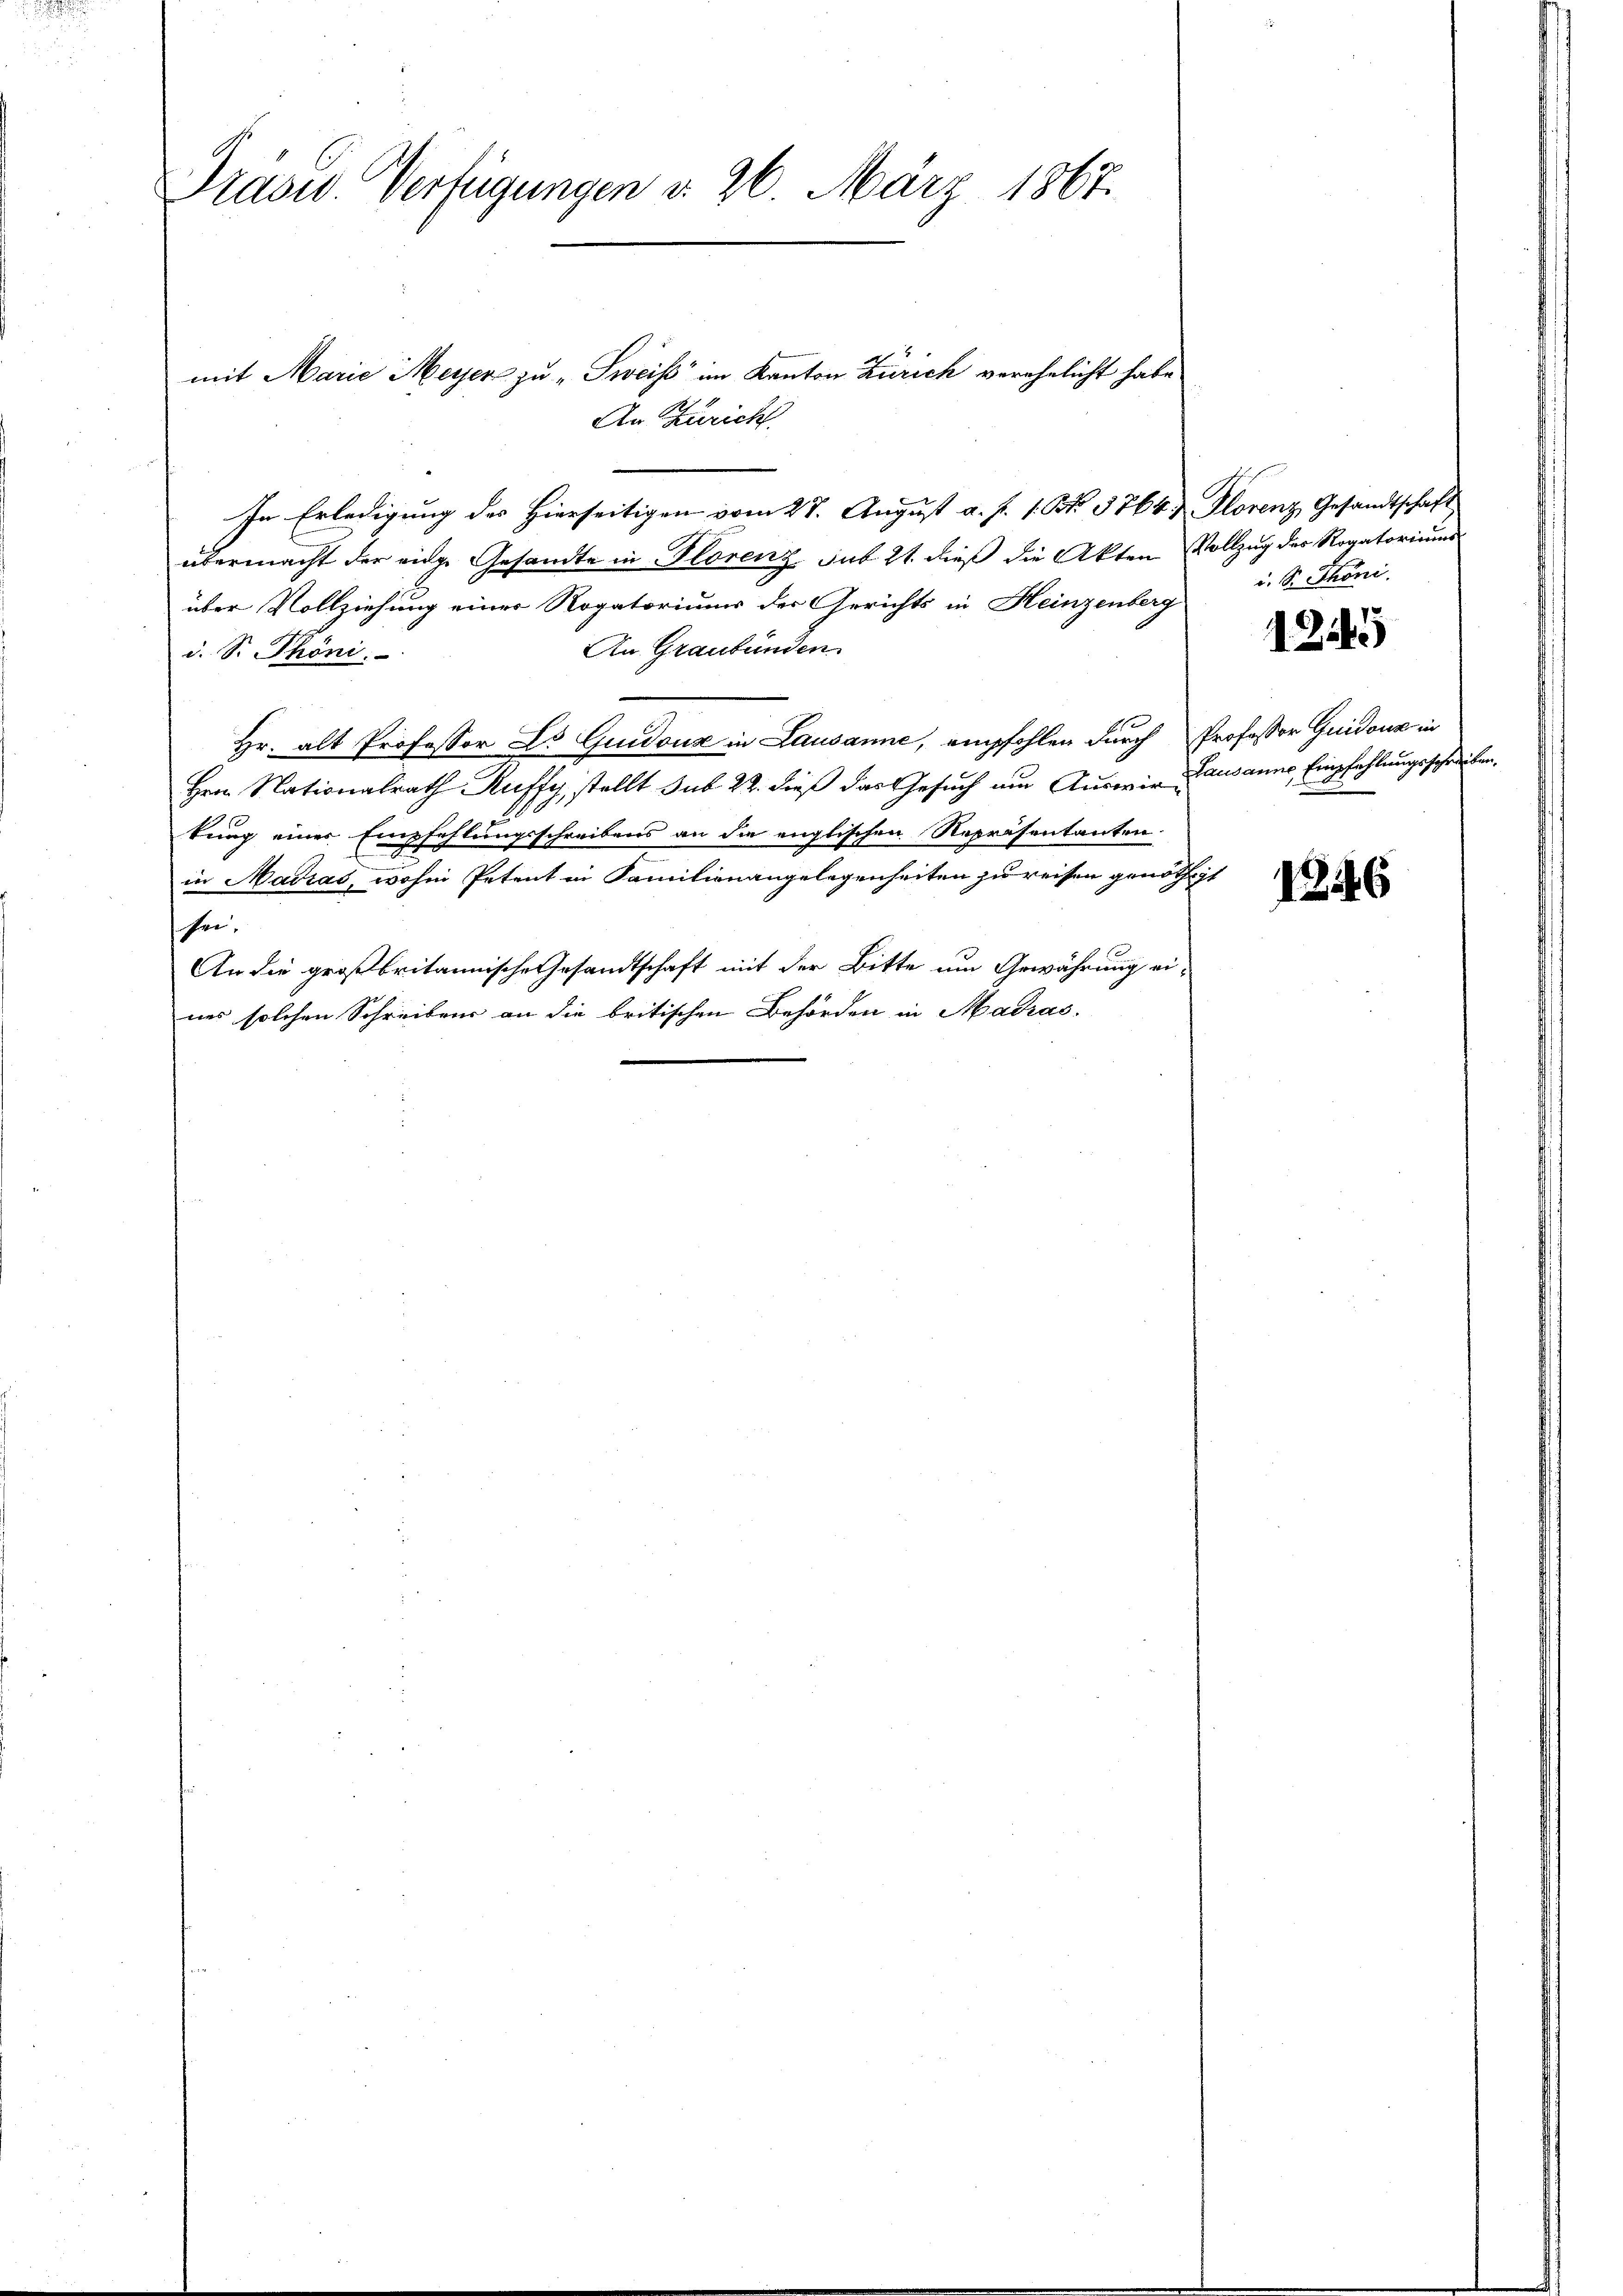
Prasw. Verfügungen d. 26. März 1867.

mit Marie Meyer zu „Sweiß im Kanton Zürich verehelicht habe
An Züricht.
In Erledigung des Hierseitigen vom 27. August a. f. 1. No. 3764 Florenz Gesandtschaft
übermacht der eidge Gesandte in Florenz sub 21. dieß die Akten Vollzug des Rogatoriums
über Vollziehung einer Rogatoriums der Gerichts in Heinzenberg
An Graubünden.
i. S. Phöni:
Hr. alt Professor Dr Guidouz in Lausanne, empfohlen durch Professor Guidouz in
Hrn. Nationalrath Kuffy, stellt sub 22. dieß das Gesuch am Auswie Lausanne Empfehlungsschreiben,
tung einer Empfehlungsschreibens an die englischen Repräsentanten.
in Madias, wohin Petent in Familienangelegenheiten zu reisen genöthigt
sei,
An die großbritannische Gesandtschaft mit der Bitte um Gewährung eines solchen Schreibens an die britischen Behörden in Madras

i. S. Phöni.

1245

1246